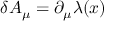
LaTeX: \delta A _ { \mu } = \partial _ { \mu } \lambda ( x )